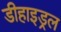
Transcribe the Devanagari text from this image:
डीहाइड्रल